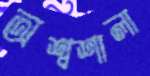
অশ্বশালা